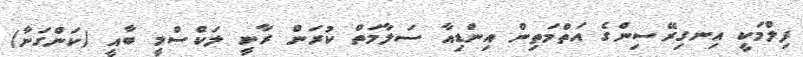
ފިލްމަކީ އިނގިރޭސިންގެ އަތްމަތިން އިންޑިއާ ސަލާމަތް ކުރަން ރާނީ ލަކްސްމީ ބާއީ (ކަންގަނާ)